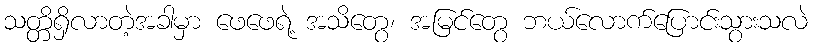
သတ္တိရှိလာတဲ့အခါမှာ ဖေဖေရဲ့ အသိတွေ၊ အမြင်တွေ ဘယ်လောက်ပြောင်းသွားသလဲ